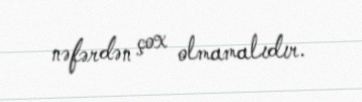
nəfərdən çox olmamalıdır.